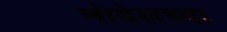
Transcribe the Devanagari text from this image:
नोवेलच्या